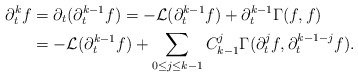
\begin{align*}\partial_t^k f&=\partial_t (\partial_t^{k-1}f)=-\mathcal L(\partial_t^{k-1} f)+\partial_t^{k-1} \Gamma(f, f)\\&=-\mathcal L(\partial_t^{k-1} f)+\sum_{0\le j\le k-1}C^j_{k-1}\Gamma(\partial^j_tf,\partial^{k-1-j}_tf).\end{align*}